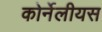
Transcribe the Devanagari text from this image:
कोर्नेलीयस